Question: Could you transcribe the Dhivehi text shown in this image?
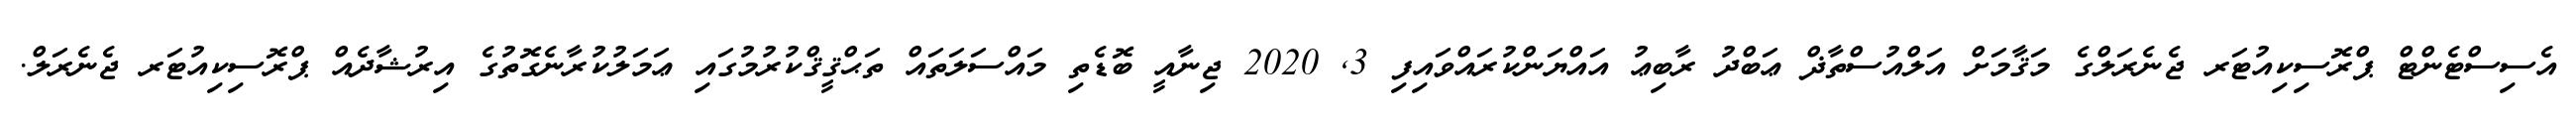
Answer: އެސިސްޓެންޓް ޕްރޮސިކިއުޓަރ ޖެނެރަލްގެ މަޤާމަށް އަލްއުސްތާޛް ޢަބްދު ރާބިޢު އައްޔަންކުރައްވައިފި 3, 2020 ޖިނާއީ ބޮޑެތި މައްސަލަތައް ތަޙްޤީޤްކުރުމުގައި ޢަމަލުކުރާނެގޮތުގެ އިރުޝާދެއް ޕްރޮސިކިއުޓަރ ޖެނެރަލް.